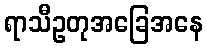
ရာသီဥတုအခြေအနေ